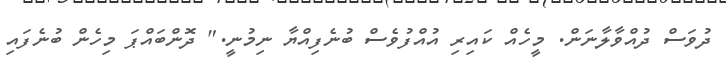
ދުވަސް ދުއްވާލާނަން. މީހެއް ކައިރި އުއްފުވެސް ބުނެފިއްޔާ ނިމުނީ." ދޮންބައްޕަ މިހެން ބުނެފައި